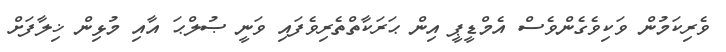
ވެރިކަމުން ވަކިވެގެންވެސް އެމްޑީޕީ އިން ޙަރަކާތްތެރިވެފައި ވަނީ ޞުލްޙަ އާއި މުޅިން ޚިލާފަށް